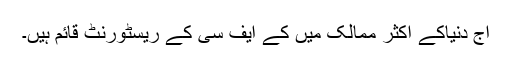
آج دنیاکے اکثر ممالک میں کے ایف سی کے ریسٹورنٹ قائم ہیں۔